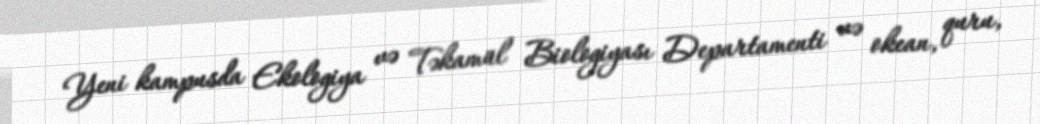
Yeni kampusda Ekologiya və Təkamül Biologiyası Departamenti və okean, quru,